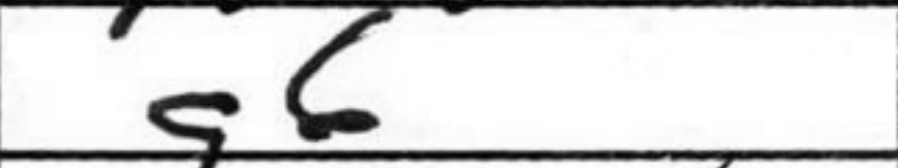
Transcription: g6